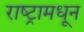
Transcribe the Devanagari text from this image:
राष्ट्रामधून